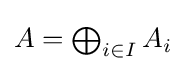
{\textstyle A=\bigoplus _{i\in I}A_{i}}